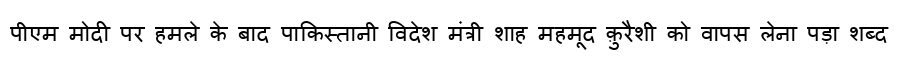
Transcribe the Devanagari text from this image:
पीएम मोदी पर हमले के बाद पाकिस्तानी विदेश मंत्री शाह महमूद क़ुरैशी को वापस लेना पड़ा शब्द